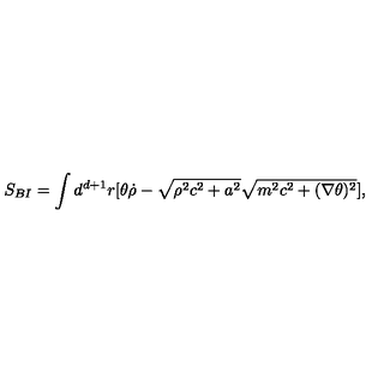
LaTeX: S _ { B I } = \int d ^ { d + 1 } r [ \theta \dot { \rho } - \sqrt { \rho ^ { 2 } c ^ { 2 } + a ^ { 2 } } \sqrt { m ^ { 2 } c ^ { 2 } + ( \nabla \theta ) ^ { 2 } } ] ,